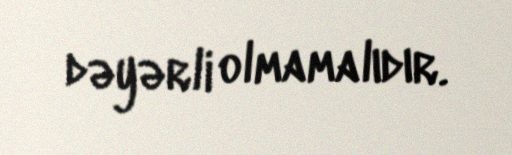
dəyərli olmamalıdır.